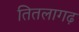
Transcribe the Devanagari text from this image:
तितलागढ़